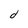
Character: d